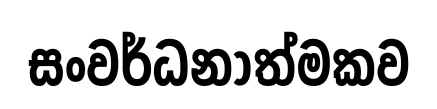
සංවර්ධනාත්මකව